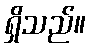
ရှိသည်။